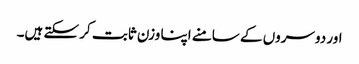
اور دوسروں کے سامنے اپنا وزن ثابت کر سکتے ہیں۔